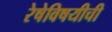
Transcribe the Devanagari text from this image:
रेषेविषयीची